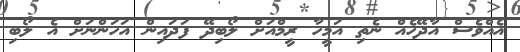
އެއްވެސް އާދޭހެއް ނެތި އަމީހާ ރީމްއަށް ލޯބިދޭ ފަދައިން އަހަންނަށް އެ ލޯބި